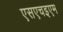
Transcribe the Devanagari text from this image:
एसएचइएम